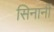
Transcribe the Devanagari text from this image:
सिनानीं